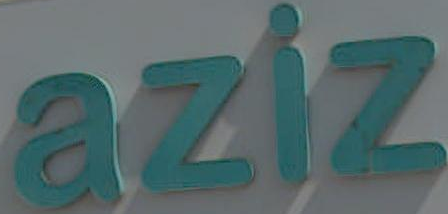
aziz